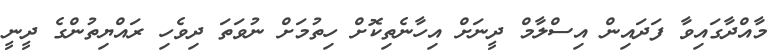
މާއްދާގައިވާ ފަދައިން އިސްލާމް ދީނަށް އިހާނެތިކޮށް ހިތުމަށް ނުވަތަ ދިވެހި ރައްޔިތުންގެ ދީނީ